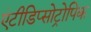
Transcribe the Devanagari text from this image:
एंटीडिप्सोट्रोपिक